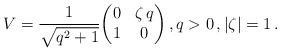
\begin{align*} V = \frac{1}{\sqrt{q^2+1}} \biggl( \begin{matrix} 0 & \zeta\, q \\ 1 & 0 \end{matrix} \biggr) \,, q>0 \,, |\zeta|=1\,.\end{align*}